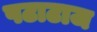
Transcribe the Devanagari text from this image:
पटाटाज